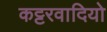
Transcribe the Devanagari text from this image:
कट्टरवादियो